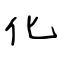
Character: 化